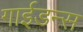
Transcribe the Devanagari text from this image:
गाईडन्स